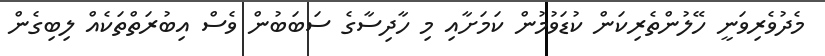
މެދުވެރިވަނީ ހޭލުންތެރިކަން ކުޑަވުމުން ކަމަށާއި މި ހާދިސާގެ ސަބަބުން ވެސް އިބުރަތްތަކެއް ލިބިގެން